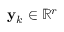
\mathbf { y } _ { k } \in \mathbb { R } ^ { r }